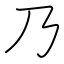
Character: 乃